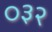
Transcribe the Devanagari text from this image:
०३२